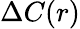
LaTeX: \Delta C(r)